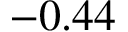
- 0 . 4 4